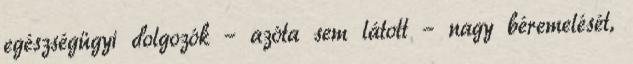
egészségügyi dolgozók – azóta sem látott – nagy béremelését,